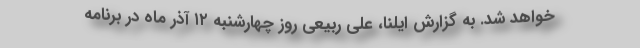
خواهد شد. به گزارش ایلنا، علی ربیعی روز چهارشنبه ۱۲ آذر ماه در برنامه